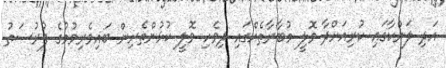
އަދި ލަންކާގައި ކުރިއަށްދާ ވޮލީ މުބާރާތެއްގައި ދިވެހި ވޮލީ ކުޅުންތެރިން ބައިވެރިވުމުގެ ފުރުސަތު